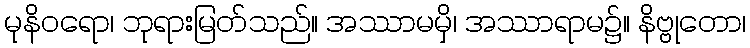
မုနိဝရော၊ ဘုရားမြတ်သည်။ အဿာမမှိ၊ အဿာရာမ၌။ နိဗ္ဗုတော၊